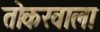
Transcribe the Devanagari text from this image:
तोकरवाला